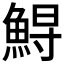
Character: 𩷥